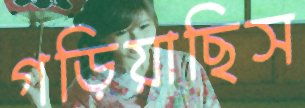
গড়িয়াছিস